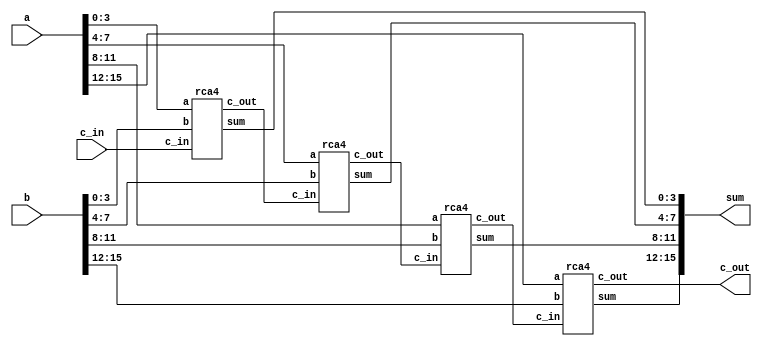
module rca16(sum, c_out, a, b, c_in);

input [15:0] a, b;
input c_in;
output [15:0] sum;
output c_out;
wire c_in4;
wire c_in8;
wire c_in12;
//assign {c_out, sum} = a + b + c_in;//for debug use only
rca4 s1 ( .sum(sum[3:0]),   .c_out(c_in4),  .a(a[3:0]),  .b(b[3:0]),   .c_in(c_in));
rca4 s2 ( .sum(sum[7:4]),   .c_out(c_in8),  .a(a[7:4]),  .b(b[7:4]),   .c_in(c_in4));
rca4 s3 ( .sum(sum[11:8]),  .c_out(c_in12), .a(a[11:8]), .b(b[11:8]),  .c_in(c_in8));
rca4 s4 ( .sum(sum[15:12]), .c_out(c_out),  .a(a[15:12]),.b(b[15:12]), .c_in(c_in12));

endmodule

//-----------------------//

module rca4(sum, c_out, a, b, c_in);

input [3:0] a, b;
input c_in;
output [3:0] sum;
output c_out;
wire c_in1;
wire c_in2;
wire c_in3;
//assign {c_out, sum} = a + b + c_in;//for debug use only
fa s1 ( .sum(sum[0]), .cout(c_in1),  .a(a[0]),  .b(b[0]),   .ci(c_in));
fa s2 ( .sum(sum[1]), .cout(c_in2),  .a(a[1]),  .b(b[1]),   .ci(c_in1));
fa s3 ( .sum(sum[2]), .cout(c_in3),  .a(a[2]),  .b(b[2]),   .ci(c_in2));
fa s4 ( .sum(sum[3]), .cout(c_out),  .a(a[3]),  .b(b[3]),   .ci(c_in3));

endmodule

//-----------------------//

module fa (a,b,ci,cout, sum);
input a,b,ci;
output sum,cout;

//assign {cout, sum} = a + b + ci;//for debug use only
wire x,y,z;
ha s1 (a, b , x, z); 
ha s2 (ci, x , sum, y); 
or s3 (cout, z, y);

endmodule

//-----------------------//

module ha(a, b , sum, cout);
input a, b;
output sum, cout;

//assign {cout, sum} = a + b;//for debug use only

and u1 (cout, a, b);
xor u2 (sum, a, b);

endmodule